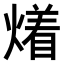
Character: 𤏲